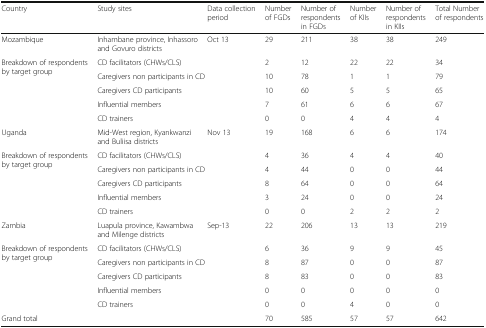
<table><thead><tr><td><b>Country</b></td><td><b>Study sites</b></td><td><b>Data collection period</b></td><td><b>Number of FGDs</b></td><td><b>Number of respondents in FGDs</b></td><td><b>Number of KIIs</b></td><td><b>Number of respondents in KIIs</b></td><td><b>Total Number of respondents</b></td></tr></thead><tbody><tr><td>Mozambique</td><td>Inhambane province, Inhassoro and Govuro districts</td><td>Oct 13</td><td>29</td><td>211</td><td>38</td><td>38</td><td>249</td></tr><tr><td rowspan="5">Breakdown of respondents by target group</td><td colspan="2">CD facilitators (CHWs/CLS)</td><td>2</td><td>12</td><td>22</td><td>22</td><td>34</td></tr><tr><td colspan="2">Caregivers non participants in CD</td><td>10</td><td>78</td><td>1</td><td>1</td><td>79</td></tr><tr><td colspan="2">Caregivers CD participants</td><td>10</td><td>60</td><td>5</td><td>5</td><td>65</td></tr><tr><td colspan="2">Influential members</td><td>7</td><td>61</td><td>6</td><td>6</td><td>67</td></tr><tr><td colspan="2">CD trainers</td><td>0</td><td>0</td><td>4</td><td>4</td><td>4</td></tr><tr><td>Uganda</td><td>Mid-West region, Kyankwanzi and Buliisa districts</td><td>Nov 13</td><td>19</td><td>168</td><td>6</td><td>6</td><td>174</td></tr><tr><td rowspan="5">Breakdown of respondents by target group</td><td colspan="2">CD facilitators (CHWs/CLS)</td><td>4</td><td>36</td><td>4</td><td>4</td><td>40</td></tr><tr><td colspan="2">Caregivers non participants in CD</td><td>4</td><td>44</td><td>0</td><td>0</td><td>44</td></tr><tr><td colspan="2">Caregivers CD participants</td><td>8</td><td>64</td><td>0</td><td>0</td><td>64</td></tr><tr><td colspan="2">Influential members</td><td>3</td><td>24</td><td>0</td><td>0</td><td>24</td></tr><tr><td colspan="2">CD trainers</td><td>0</td><td>0</td><td>2</td><td>2</td><td>2</td></tr><tr><td>Zambia</td><td>Luapula province, Kawambwa and Milenge districts</td><td>Sep-13</td><td>22</td><td>206</td><td>13</td><td>13</td><td>219</td></tr><tr><td rowspan="5">Breakdown of respondents by target group</td><td colspan="2">CD facilitators (CHWs/CLS)</td><td>6</td><td>36</td><td>9</td><td>9</td><td>45</td></tr><tr><td colspan="2">Caregivers non participants in CD</td><td>8</td><td>87</td><td>0</td><td>0</td><td>87</td></tr><tr><td colspan="2">Caregivers CD participants</td><td>8</td><td>83</td><td>0</td><td>0</td><td>83</td></tr><tr><td colspan="2">Influential members</td><td>0</td><td>0</td><td>0</td><td>0</td><td>0</td></tr><tr><td colspan="2">CD trainers</td><td>0</td><td>0</td><td>4</td><td>0</td><td>0</td></tr><tr><td colspan="3">Grand total</td><td>70</td><td>585</td><td>57</td><td>57</td><td>642</td></tr></tbody></table>